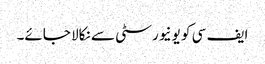
ایف سی کو یونیورسٹی سے نکالا جائے۔